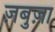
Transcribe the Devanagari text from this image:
ज़बुज़ा